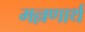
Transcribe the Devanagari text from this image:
मल्लणार्थ